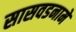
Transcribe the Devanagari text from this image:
सासवडनामे